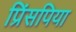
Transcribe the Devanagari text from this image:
प्रिंसपिया